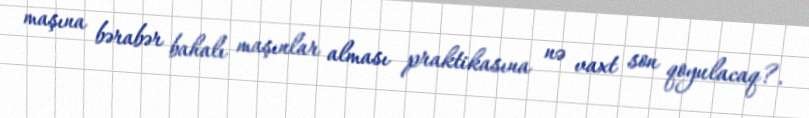
maşına bərabər bahalı maşınlar alması praktikasına nə vaxt son qoyulacaq?.